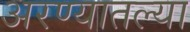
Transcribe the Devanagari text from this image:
अरण्यातल्या